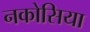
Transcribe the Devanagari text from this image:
नकोसिया